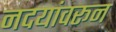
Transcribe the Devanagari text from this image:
नदयांवरून